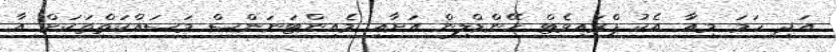
އަދި ހަމަ މިއާ އެކު ޕްރައިވެޓް ހޭންޑްލިން އަށާއި މެއިންޓަނަންސް މަސައްކަތްތަކަށް އާ